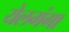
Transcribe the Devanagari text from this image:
येलगंगा